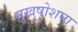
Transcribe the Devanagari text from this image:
मुखषोशना